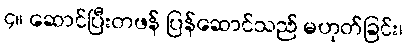
၄။ ဆောင်ပြီးတဖန် ပြန်ဆောင်သည် မဟုတ်ခြင်း၊